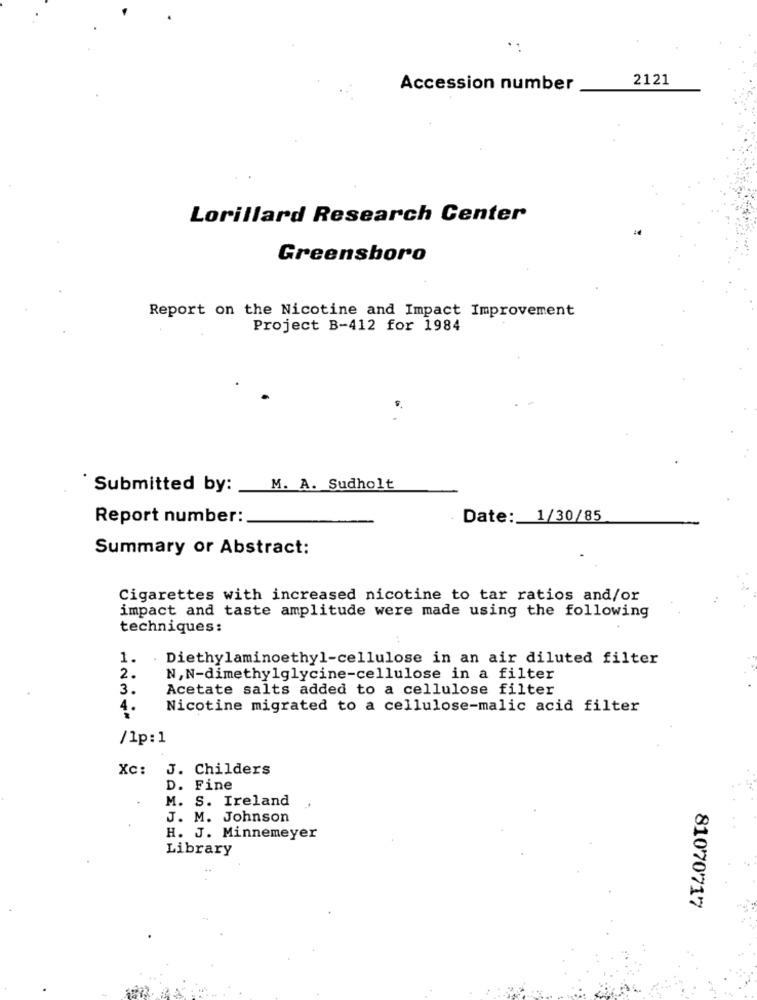
2121
Accession number
Lorillard Research Center
Greensboro
Report on the Nicotine and Impact Improvement
Project B-412 for 1984
Submitted by:
M. A. Sudholt
Report number:
Date: 1/30/85
Summary or Abstract:
Cigarettes with increased nicotine to tar ratios and/or
impact and taste amplitude were made using the following
techniques:
1.
Diethylaminoethyl-cellulose in an air diluted filter
2.
N, N-dimethylglycine-cellulose in a filter
3.
Acetate salts added to a cellulose filter
4.
Nicotine migrated to a cellulose-malic acid filter
/1p:1
Xc: J. Childers
D. Fine
M. S. Ireland
J. M. Johnson
H. J. Minnemeyer
Library
81070717